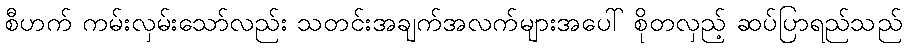
စီဟက် ကမ်းလှမ်းသော်လည်း သတင်းအချက်အလက်များအပေါ် စိုတလှည့် ဆပ်ပြာရည်သည်